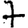
Digit: 7